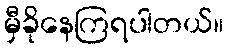
မှီခိုနေကြရပါတယ်။